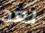
بعد